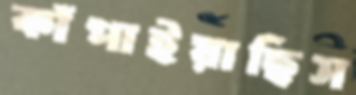
কাঁপাইয়াছিস